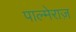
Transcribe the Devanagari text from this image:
पाल्मेराज़